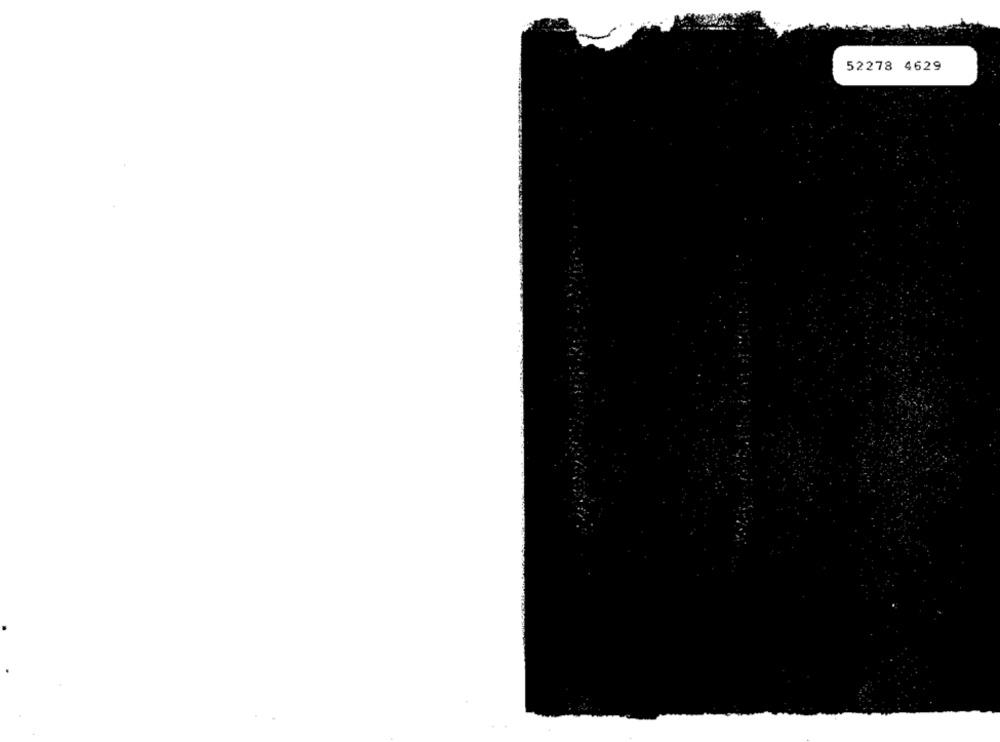
52278 4629